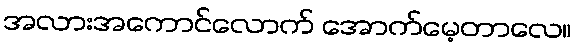
အလားအကောင်လောက် အောက်မေ့တာလေ။